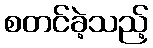
စတင်ခဲ့သည့်